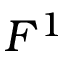
F ^ { 1 }